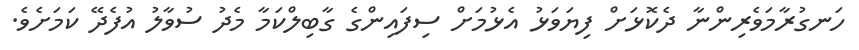
ހަނގުރާމަވެރިންނާ ދެކޮޅަށް ފިޔަވަޅު އެޅުމަށް ސިފައިންގެ ގާބިލްކަމާ މެދު ސުވާލު އުފެދޭ ކަމަށެވެ.